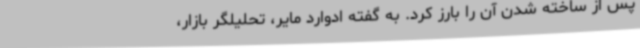
پس از ساخته شدن آن را بارز کرد. به گفته ادوارد مایر، تحلیلگر بازار،